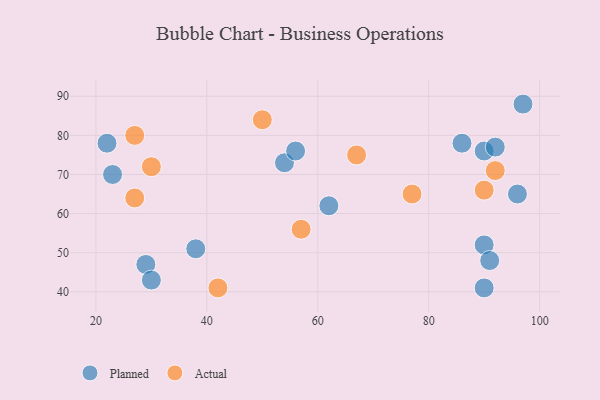
{"axis": {"x": "GDP", "y": "Life Expectancy"}, "legend": ["Actual", "Planned"], "data": [{"x": "90", "y": 52, "type": "Planned"}, {"x": "29", "y": 47, "type": "Planned"}, {"x": "86", "y": 78, "type": "Planned"}, {"x": "90", "y": 41, "type": "Planned"}, {"x": "22", "y": 78, "type": "Planned"}, {"x": "23", "y": 70, "type": "Planned"}, {"x": "54", "y": 73, "type": "Planned"}, {"x": "90", "y": 76, "type": "Planned"}, {"x": "38", "y": 51, "type": "Planned"}, {"x": "97", "y": 88, "type": "Planned"}, {"x": "56", "y": 76, "type": "Planned"}, {"x": "92", "y": 77, "type": "Planned"}, {"x": "30", "y": 43, "type": "Planned"}, {"x": "91", "y": 48, "type": "Planned"}, {"x": "96", "y": 65, "type": "Planned"}, {"x": "62", "y": 62, "type": "Planned"}, {"x": "27", "y": 80, "type": "Actual"}, {"x": "77", "y": 65, "type": "Actual"}, {"x": "92", "y": 71, "type": "Actual"}, {"x": "57", "y": 56, "type": "Actual"}, {"x": "30", "y": 72, "type": "Actual"}, {"x": "90", "y": 66, "type": "Actual"}, {"x": "42", "y": 41, "type": "Actual"}, {"x": "67", "y": 75, "type": "Actual"}, {"x": "50", "y": 84, "type": "Actual"}, {"x": "27", "y": 64, "type": "Actual"}]}